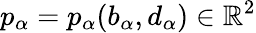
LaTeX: p_{\alpha}=p_{\alpha}(b_{\alpha},d_{\alpha})\in\mathbb{R}^{2}